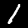
Digit: 1